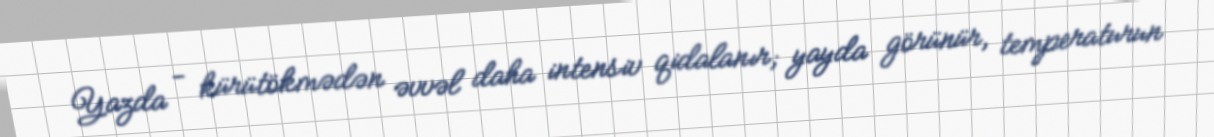
Yazda - kürütökmədən əvvəl daha intensiv qidalanır; yayda görünür, temperaturun